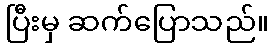
ပြီးမှ ဆက်ပြောသည်။